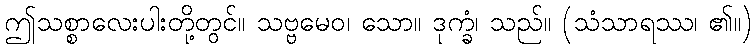
ဤသစ္စာလေးပါးတို့တွင်။ သဗ္ဗမေဝ၊ သော။ ဒုက္ခံ၊ သည်။ (သံသာရဿ၊ ၏။)